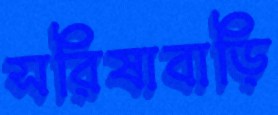
সরিষাবাড়ি